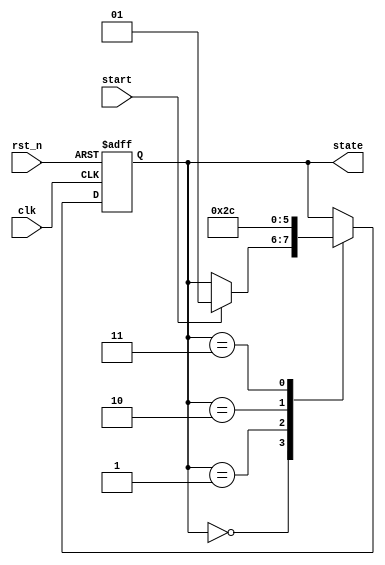
module StateMachine (
    input wire clk,        // Clock signal
    input wire rst_n,     // Active low reset signal
    input wire start,      // Input signal to start the state machine
    output reg [1:0] state // State output (2-bit state variable)
);

    // Define state encoding
    localparam IDLE    = 2'b00;
    localparam STATE1  = 2'b01;
    localparam STATE2  = 2'b10;
    localparam STATE3  = 2'b11;

    // State Initialization Logic
    initial begin
        state = IDLE; // Set default state
    end

    // State Transition Logic
    always @(posedge clk or negedge rst_n) begin
        if (!rst_n) begin
            // Reset Condition
            state <= IDLE; // Reset to default state
        end else begin
            // State Transition Logic
            case (state)
                IDLE: begin
                    if (start) begin
                        state <= STATE1; // Transition to STATE1 on start signal
                    end
                end
                STATE1: begin
                    state <= STATE2; // Transition to STATE2
                end
                STATE2: begin
                    state <= STATE3; // Transition to STATE3
                end
                STATE3: begin
                    state <= IDLE; // Transition back to IDLE
                end
                default: state <= IDLE; // Fallback to default state
            endcase
        end
    end

    // Output Logic (example)
    always @(*) begin
        case (state)
            IDLE: begin
                // Output logic for IDLE
            end
            STATE1: begin
                // Output logic for STATE1
            end
            STATE2: begin
                // Output logic for STATE2
            end
            STATE3: begin
                // Output logic for STATE3
            end
            default: begin
                // Default output logic
            end
        endcase
    end

endmodule